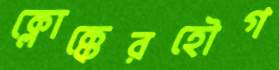
ক্লোক্কেরহৌগ